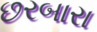
છરબારા